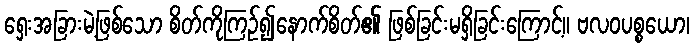
ရှေးအခြားမဲ့ဖြစ်သော စိတ်ကိုကြဉ်၍နောက်စိတ်၏ ဖြစ်ခြင်းမရှိခြင်းကြောင့်။ ဗလဝပစ္စယော၊